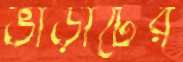
ভাড়াটের